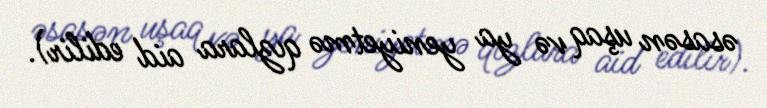
əsasən uşaq və ya yeniyetmə qızlara aid edilir).